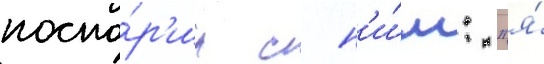
поспо́р'ил с н'и́м: "я́